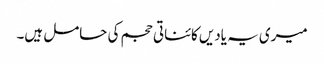
میری یہ یادیں کائناتی حجم کی حامل ہیں۔